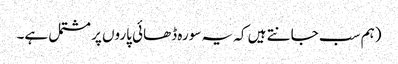
(ہم سب جانتے ہیں کہ یہ سورہ ڈھائی پاروں پر مشتمل ہے۔